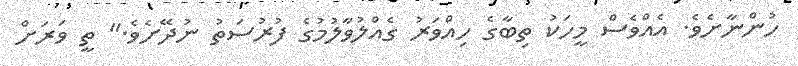
ހުންނާށެވެ. އެއްވެސް މީހަކު ތިބާގެ ހިއްވަރު ގެއްލުވާލުމުގެ ފުރުސަތު ނުދޭށެވެ." ތީ ވަރަށް